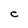
Character: C